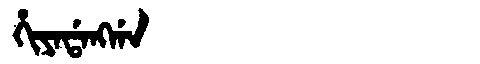
Manchu: ᡥᡳᠶᠠᡩᠠᠩᡤᠠ
Romanization: HIYADANGGA